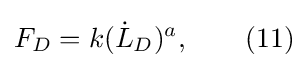
F_{D}=k({\dot {L}}_{D})^{a},\qquad (11)